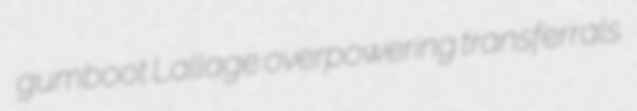
gumboot Lallage overpowering transferrals